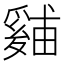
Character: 𪺙